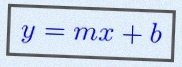
y=mx+b